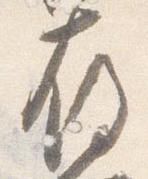
存